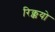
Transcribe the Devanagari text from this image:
रिक्कयो